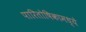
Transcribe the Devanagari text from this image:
पारितोषिकामध्ये